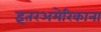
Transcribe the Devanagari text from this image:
इंतरअमेरिकाना